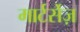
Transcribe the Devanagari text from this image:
मार्टर्सेज़